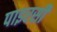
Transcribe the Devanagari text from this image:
पाइरसी